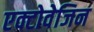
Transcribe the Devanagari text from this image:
एक्टोवेजिन